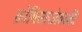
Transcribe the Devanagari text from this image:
क्रोमिसारजेवस्की